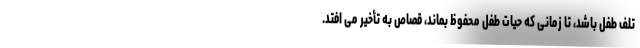
تلف طفل باشد، تا زمانی که حیات طفل محفوظ بماند، قصاص به تأخیر می افتد.